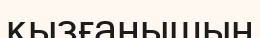
қызғанышын